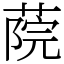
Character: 𦶤